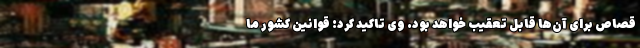
قصاص برای آن‌ها قابل تعقیب خواهد بود. وی تاکید کرد: قوانین کشور ما